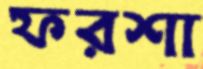
ফরশা